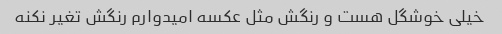
خیلی خوشگل هست و رنگش مثل عکسه امیدوارم رنگش تغیر نکنه